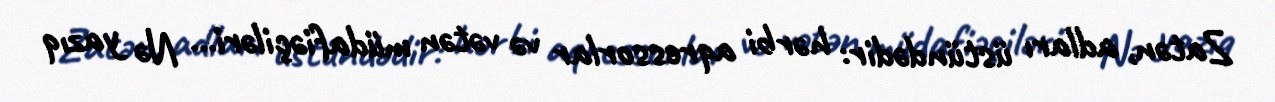
Zatən, adları üstündədir: hərbi aqressorlar və vətən müdafiəçiləri... Nə yazıq